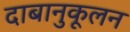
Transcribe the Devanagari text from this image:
दाबानुकूलन